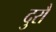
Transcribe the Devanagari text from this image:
दुरौ